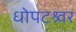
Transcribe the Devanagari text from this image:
धोपटश्र्वर